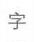
字